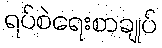
ရပ်စဲရေးစာချုပ်